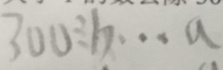
3 0 0 \div b \cdots a